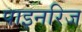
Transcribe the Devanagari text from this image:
पाइनरिज